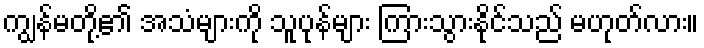
ကျွန်မတို့၏ အသံများကို သူပုန်များ ကြားသွားနိုင်သည် မဟုတ်လား။